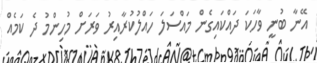
އޭނާ ބުނީ ވާހަކަ ދައްކައިގެން މައްސަލަ ހައްލުކުރާއިރު ވަރަށް މުހިންމު ދެ ކަމެއް